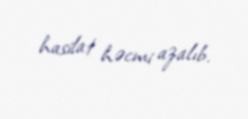
hasilat həcmi azalıb.